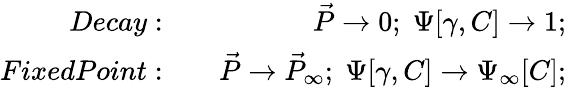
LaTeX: \begin{array}{rlr}{Decay:}&{{}}&{\vec{P}\to 0;\; \Psi[\gamma,C]\to 1;}\\ {FixedPoint:}&{{}}&{\vec{P}\to\vec{P}_{\infty};\; \Psi[\gamma,C]\to\Psi_{\infty}[C];}\end{array}